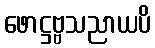
ဖောဋ္ဌဗ္ဗသညာယပိ